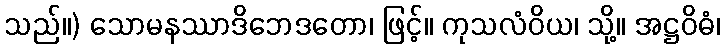
သည်။) သောမနဿာဒိဘေဒတော၊ ဖြင့်။ ကုသလံဝိယ၊ သို့။ အဋ္ဌဝိဓံ၊